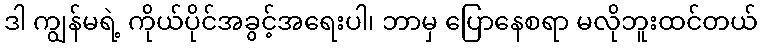
ဒါ ကျွန်မရဲ့ ကိုယ်ပိုင်အခွင့်အရေးပါ၊ ဘာမှ ပြောနေစရာ မလိုဘူးထင်တယ်